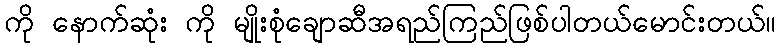
ကို နောက်ဆုံး ကို မျိုးစုံချောဆီအရည်ကြည်ဖြစ်ပါတယ်မောင်းတယ်။